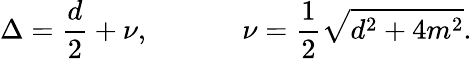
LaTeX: \Delta={\frac{d}{2}}+\nu,~~~~~~~~~~~~~\nu={\frac{1}{2}}\sqrt{d^{2}+4m^{2}}.